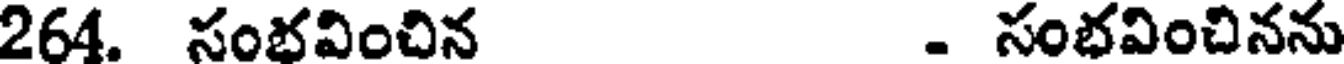
264. సంభవించిన - సంభవించినను